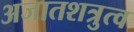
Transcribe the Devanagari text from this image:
अजातशत्रुत्व